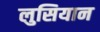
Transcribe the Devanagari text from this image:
लुसियान